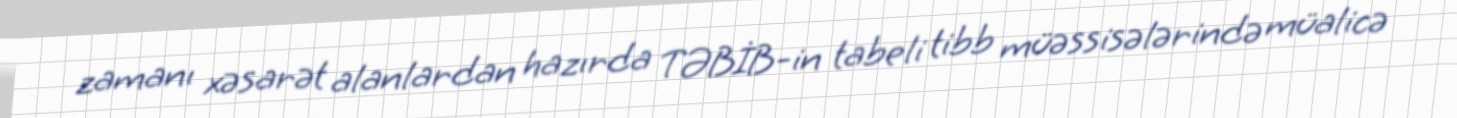
zamanı xəsarət alanlardan hazırda TƏBİB-in tabeli tibb müəssisələrində müalicə